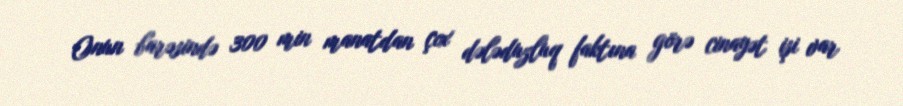
Onun barəsində 300 min manatdan çox dələduzluq faktına görə cinayət işi var